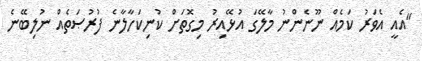
"އެއީ އެވަރު ކަމެއް ނޫނެންނު މާލޭގަ އުޅޭއިރު މިގޮތަށް ކުނިކަހާލާނެ ފުރުޞަތެއް ނުލިބޭނެ